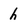
Character: h